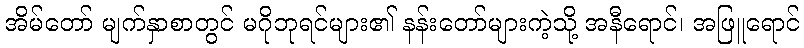
အိမ်တော် မျက်နှာစာတွင် မဂိုဘုရင်များ၏ နန်းတော်များကဲ့သို့ အနီရောင်၊ အဖြူရောင်